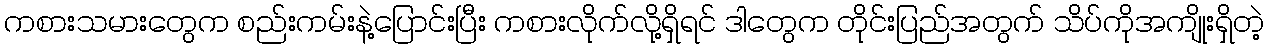
ကစားသမားတွေက စည်းကမ်းနဲ့ပြောင်းပြီး ကစားလိုက်လို့ရှိရင် ဒါတွေက တိုင်းပြည်အတွက် သိပ်ကိုအကျိုးရှိတဲ့